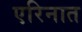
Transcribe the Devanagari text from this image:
एरिनात